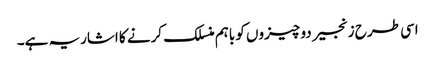
اسی طرح زنجیر دو چیزوں کو باہم منسلک کرنے کا اشاریہ ہے۔